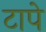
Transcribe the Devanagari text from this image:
टापे